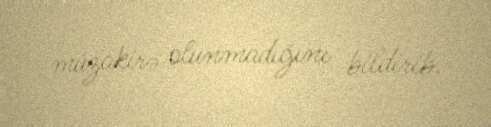
müzakirə olunmadığını bildirib.